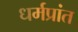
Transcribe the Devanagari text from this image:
धर्मप्रांत